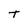
Character: T